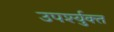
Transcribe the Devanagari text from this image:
उपर्श्युक्त